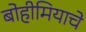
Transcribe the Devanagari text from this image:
बोहीमियाचे